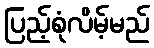
ပြည့်စုံလိမ့်မည်